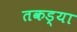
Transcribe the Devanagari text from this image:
तकड्या